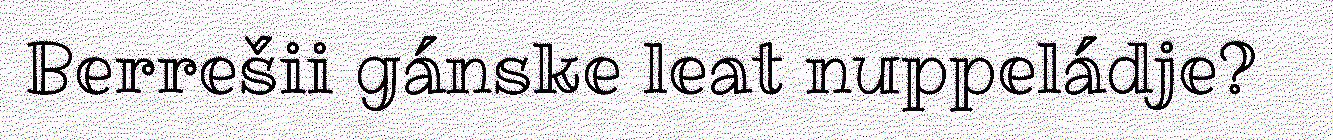
Berrešii gánske leat nuppeládje?